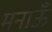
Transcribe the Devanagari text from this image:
मनाऊँ